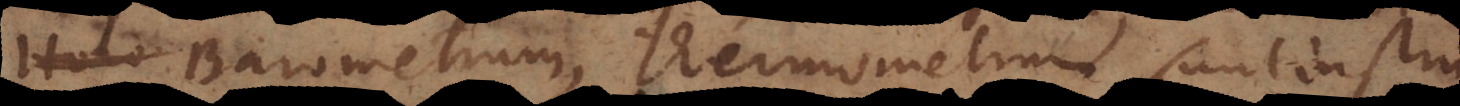
Barometrum, Thermometrum sunt ins